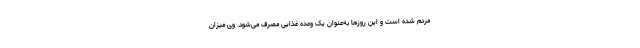
مردم شده است و این روزها به‌عنوان یک وعده غذایی مصرف می‌شود. وی میزان